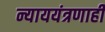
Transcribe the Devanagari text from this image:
न्याययंत्रणाही